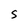
Character: S